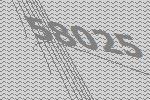
58025